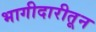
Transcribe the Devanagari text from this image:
भागीदारीतून